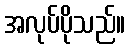
အလုပ်ပိုသည်။